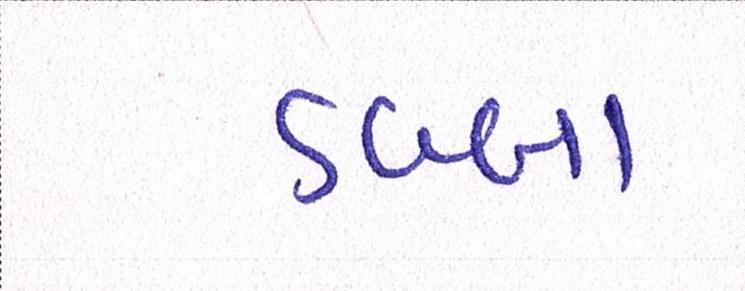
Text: ડબ્બા